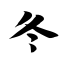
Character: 冬